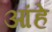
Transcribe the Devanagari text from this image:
आंहे